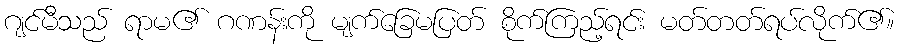
ဂျင်မီသည် ရာမ၏ ဂဏန်းကို မျက်ခြေမပြတ် စိုက်ကြည့်ရင်း မတ်တတ်ရပ်လိုက်၏။